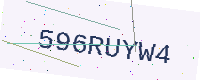
Text: 596RUYW4